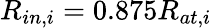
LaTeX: R_{in,i}=0.875R_{at,i}